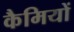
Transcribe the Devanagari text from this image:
कैमियों